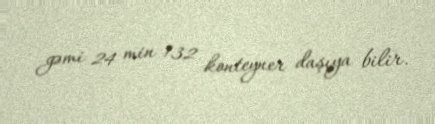
gəmi 24 min 132 konteyner daşıya bilir.